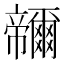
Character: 𭘽